Scottish Leaving Certificate Examination, 1952
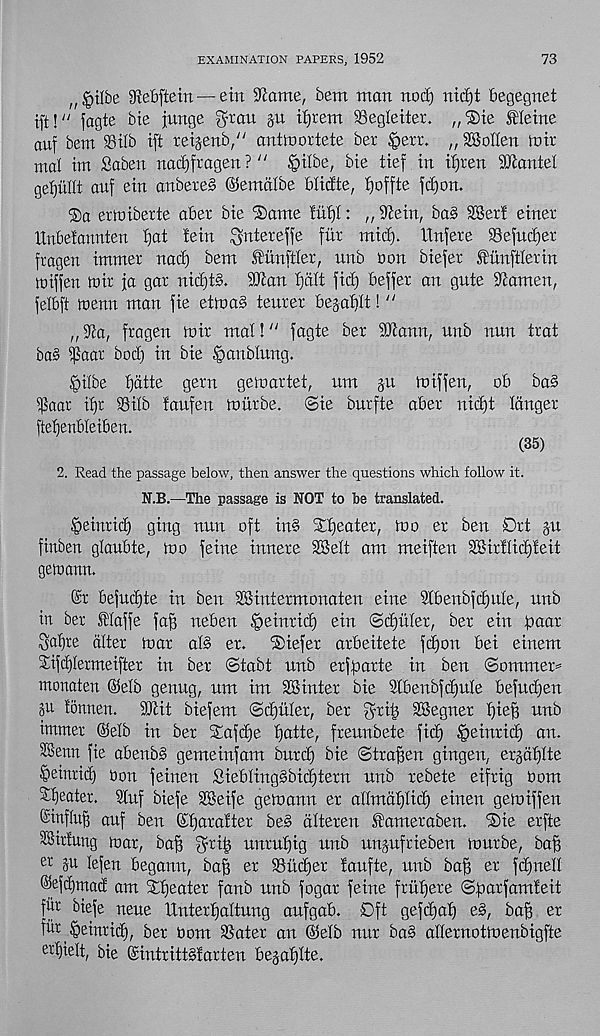
EXAMINATION PAPERS, 1952
73
„<pilbe Stebftein — ettt Stfame, bem man nod) nid)t begegnet
ift!" fagte bie junge ^rau §u ifjrem 33egleiter. „®te Oleine
auf bem 5BtIb ift retjenb," antmortete ber §ert. „ SKoIIen to it
mal im Saben nad)ftagen? /; §tlbe, bie tief in iijren Mantel
gefjullt auf ein anbeteb ©emdlbe blidte, i)offte fdjon.
®a ertoibette abet bie 'Same fuffl: „ S^ein, ba§ 2Ber! einet
Unbeiannten I)at iein $nteteffe flit mid). Unfete Sefudjet
fragen immet nad) bem Iitnuiet, unb oon biefet funftletin
toiffen toit fa gat nidjtb. 9Jlan f)a(t fid) beffet an gnte batmen,
felbft toenn man fie ettoab tenter bega^It! "
lt yia, fragen toit mat!" fagte bet SDiann, unb nun trat
ba§ ipaat bod) in bie ,£>aublung.
§ilbe tjdtte gern getoartet, um ju toiffen, ob bob
t^aat il)t 93ilb faufen toittbe. ©ie butfte abet nid)t longer
ftetjenbleiben.
(35)
2. Read the passage below, then answer the questions which follow it.
N.B.—The passage is NOT to be translated.
^eirttid) ging nun oft in§ Stjeater, too et ben Drt 3-u
finben glaubte, too feine innere SBelt am meiften 3Bit!Iid)teit
getoann.
©r befud)te in ben SSJintermonaten eine Stbenbfdjute, unb
in bet flaffe faf) neben §eintid) ein ©d)u(et, bet ein bunt
^alfre alter toar at§ et.
Siefet arbeitete fd)on bei einem
Sifdjtermeifter in bet ©tabt unb erfpatte in ben ©ommem
monaten ©e'tb genug, um im Sinter bie 2lbenbfd)ule befud)en
gu tonnen. Sit biefem ©d)uler, bet fyrit) Segnet fjief) unb
immer ®elb in bet Safdje fjatte, freunbete fic^ §einrid) an.
Setm fie abenbb gemeinfam butd) bie ©traffen gingen, et§df)Ite
§einrid) non feinen Sieblingbbidjtern unb rebete eiftig bom
^eatet. 2luf biefe Seife getoann et aHmafftid) einen getoiffen
©influ^ auf ben ©tjarafter be§ dtteren Sametaben. Sie erfte
SSitfung toar, baf) fytit; untuf)ig nub unjuftieben tourbe, bag
er P lefen begann, bag et SBudfer faufte, unb bafj et fd)uel(
@efd)macf am Sf)eater fanb unb fogat feine frufjete ©parfamteit
fur biefe ueue Untertjaltung aufgab. 0ft gefd)af) e§, baf) et
fur Ipeinrid), bet bom SSater an @elb nut ba§ atlernottoenbigfte
ettjielt, Me ©intrittStarten begatjlte.